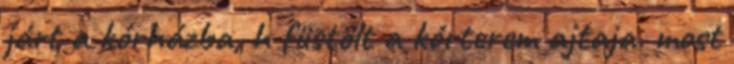
járt a kórházba, h füstölt a kórterem ajtaja. most